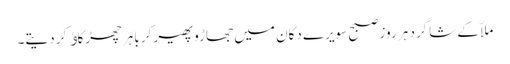
ملاّ کے شاگرد ہر روز صبح سویرے دکان میں جھاڑو پھیر کر باہر چھڑکاﺅ کر دیتے۔